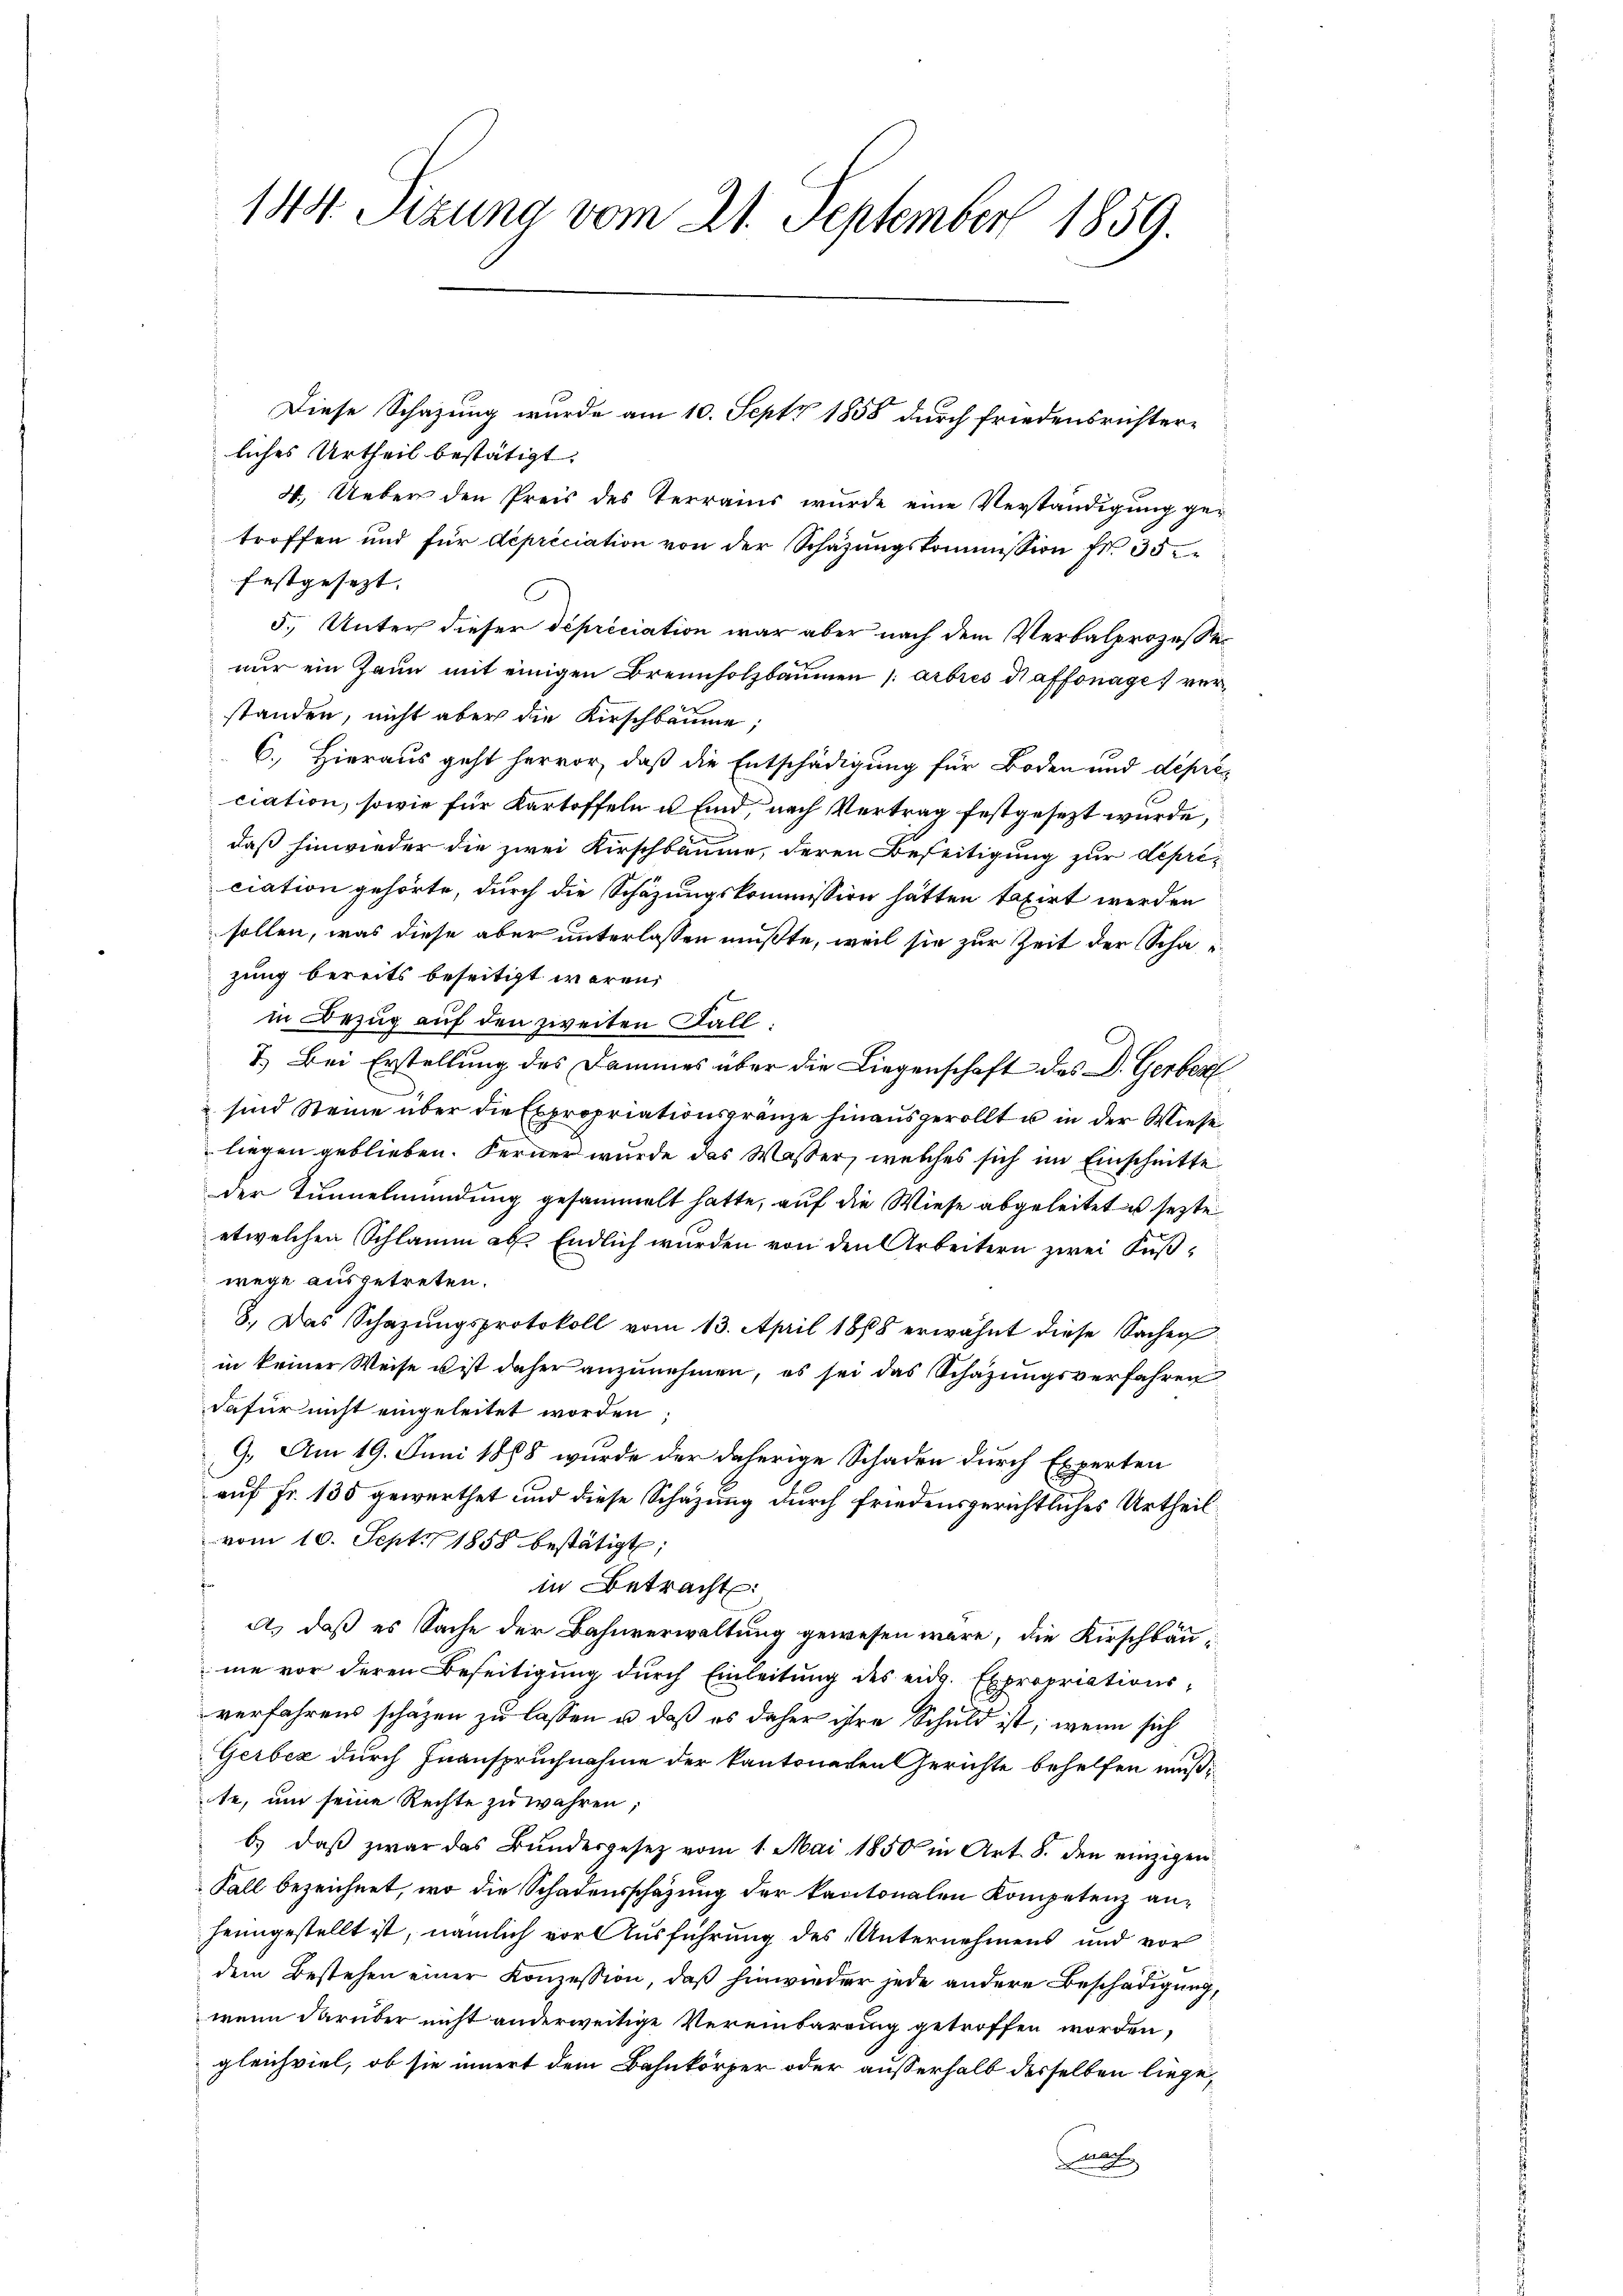
144. Sizung vom 21. September 1859.

liches Urtheil bestätigt.
4. Ueber den Preis des Terrains wurde eine Verständigung getroffen und für depriciation von der Schatzŭngskommission fr. 35.
festgesezt. |
5. Unter dieser depriciation war aber nach dem Verbalprozesser
nur ein Zaun mit einigen Brennholzbaumen /: arbres daffonage ver
standen, nicht aber die Kirschbäume;
6.) Hieraus geht hervor, daß die Entschädigung für Boden und deprés
ciation, sowie für Kartoffeln u sind, nach Vertrag festgesezt wurde,
daß hinwieder die zwei Kirschbäume, deren Beseitigung zur depriciation gehörte, durch die Schazungskommission hätten taxirt werden
sollen, was diese aber unterlassen mußte, weil sie zur Zeit der Schazung bereits beseitigt waren
in Bezug auf den zweiten Fall:
7.) Bei Erstellung des Dammes über die Liegenschaft des D. Gerber
sind Steine über die Expropriationsgrenze hinausgerollt u in der Wiese
liegen geblieben. Ferner wurde das Wasser, welches sich im Einschnitte
der Tunnelmündung gesammelt hatte, auf die Wiese abgeleitet es sezte
etwelchen Schlamm ab. Endlich wurden von den Arbeitern zwei Fußwege ausgetreten.
8. Das Schazungsprotokoll vom 13. April 1868 erwähnt diese Sachen
in keiner Weise ist daher anzunehmen, es sei das Schazungsverfahren
dafür nicht eingeleitet worden
9. Am 19. Juni 1888 wurde der daherige Schaden durch Experten
auf Fr. 135 gewerthet und diese Schazung durch friedensgerichtliches Urtheilvom 10. Sept. 1858 bestätigt;
in Betracht:
a.) daß es Sache der Bahnverwaltung gewesen wäre, die Kirschbaume vor deren Beseitigung durch Einleitŭng des eid. Expropriationsverfahrens schäzen zu lassen u. daß es daher ihre Schuld ist, wenn sich
Gerbez durch Inanspruchnahme der kantoneren Gerichte behelfen mußte, um seine Rechte zu währen;
b. daβ zwar das Bŭndesgesetz vom 1. Mai 1850 in Art. 8. den einzigen
Fall bezeichnet, wo die Schadensschazung der kantonalen Kompetenz anheimgestellt ist, nämlich vor Ausführung des Unternehmens und vor
dem Bestehen einer Konzession, daß hinwieder jede andere Beschädigung,
wenn darüber nicht anderweitige Vereinbarrung getroffen worden,
gleichviel, ob sie innert dem Bahnkörper oder außerhalb derselben liege,
as

Diese Schazung wurde am 10. Sept 1858 durch Friedensrichter¬